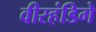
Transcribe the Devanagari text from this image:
वीरहंडिगे